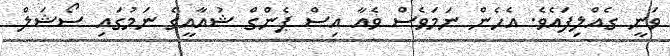
ވަނީ ގެއްލިފައެވެ. އެހެން ނަމަވެސް ވެއާ އިސް ޕެންގް ޝުއާއީގެ ނަމުގައި ސޯޝަލް